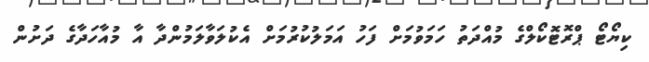
ކިޔޯޓޯ ޕްރޮޓޮކޯލްގެ މުއްދަތު ހަމަވުމަށް ފަހު އަމަލުކުރުމަށް އެކުލަވާލަމުންދާ އާ މުއާހަދާގެ ދަށުން